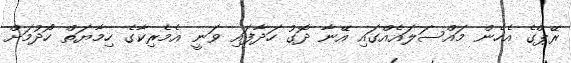
ރޭޕްގެ އެހެން މައްސަލައެއްގައި އޭނާ ދޮގު ހަދާފައި ވަނީ އެމެރިކާގެ ހިމާޔަތް ހޯދުމަށް